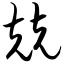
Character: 兢